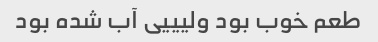
طعم خوب بود ولیییی آب شده بود